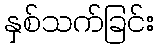
နှစ်သက်ခြင်း